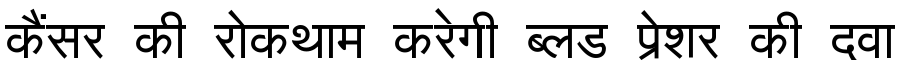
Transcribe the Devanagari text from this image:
कैंसर की रोकथाम करेगी ब्लड प्रेशर की दवा